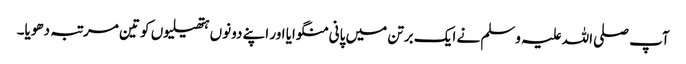
آپ صلی اللہ علیہ وسلم نے ایک برتن میں پانی منگوایا اور اپنے دونوں ہتھیلیوں کو تین مرتبہ دھویا۔